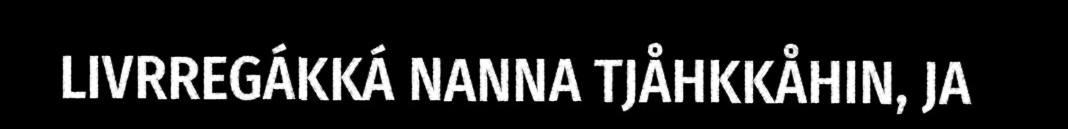
LIVRREGÁKKÁ NANNA TJÅHKKÅHIN, JA